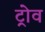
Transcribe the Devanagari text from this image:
ट्रोव